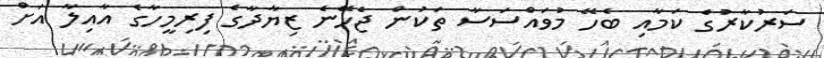
ސަރުކާރުގެ ކަމާއި ބެހޭ މުވައްސަސާ ތަކުން ޖެހޭނެ ޒިޔާދާގެ ފިރިމީހާގެ އާއިލާ އަށް